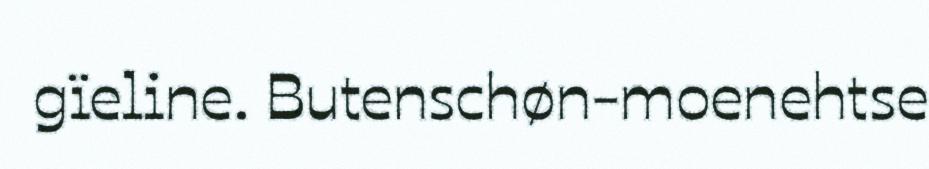
gïeline. Butenschøn-moenehtse